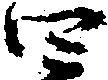
四